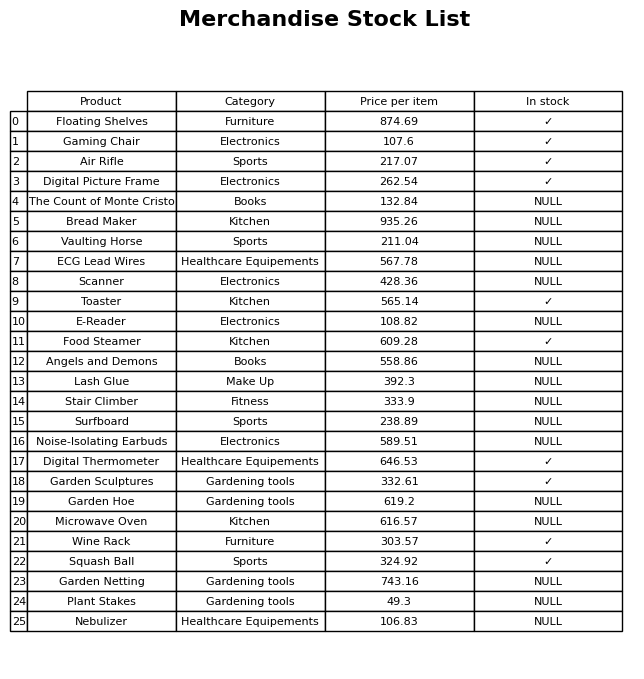
question: Is the Food Steamer in stock?
answer: ✓